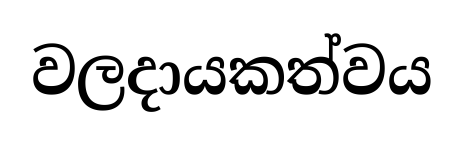
වලදායකත්වය